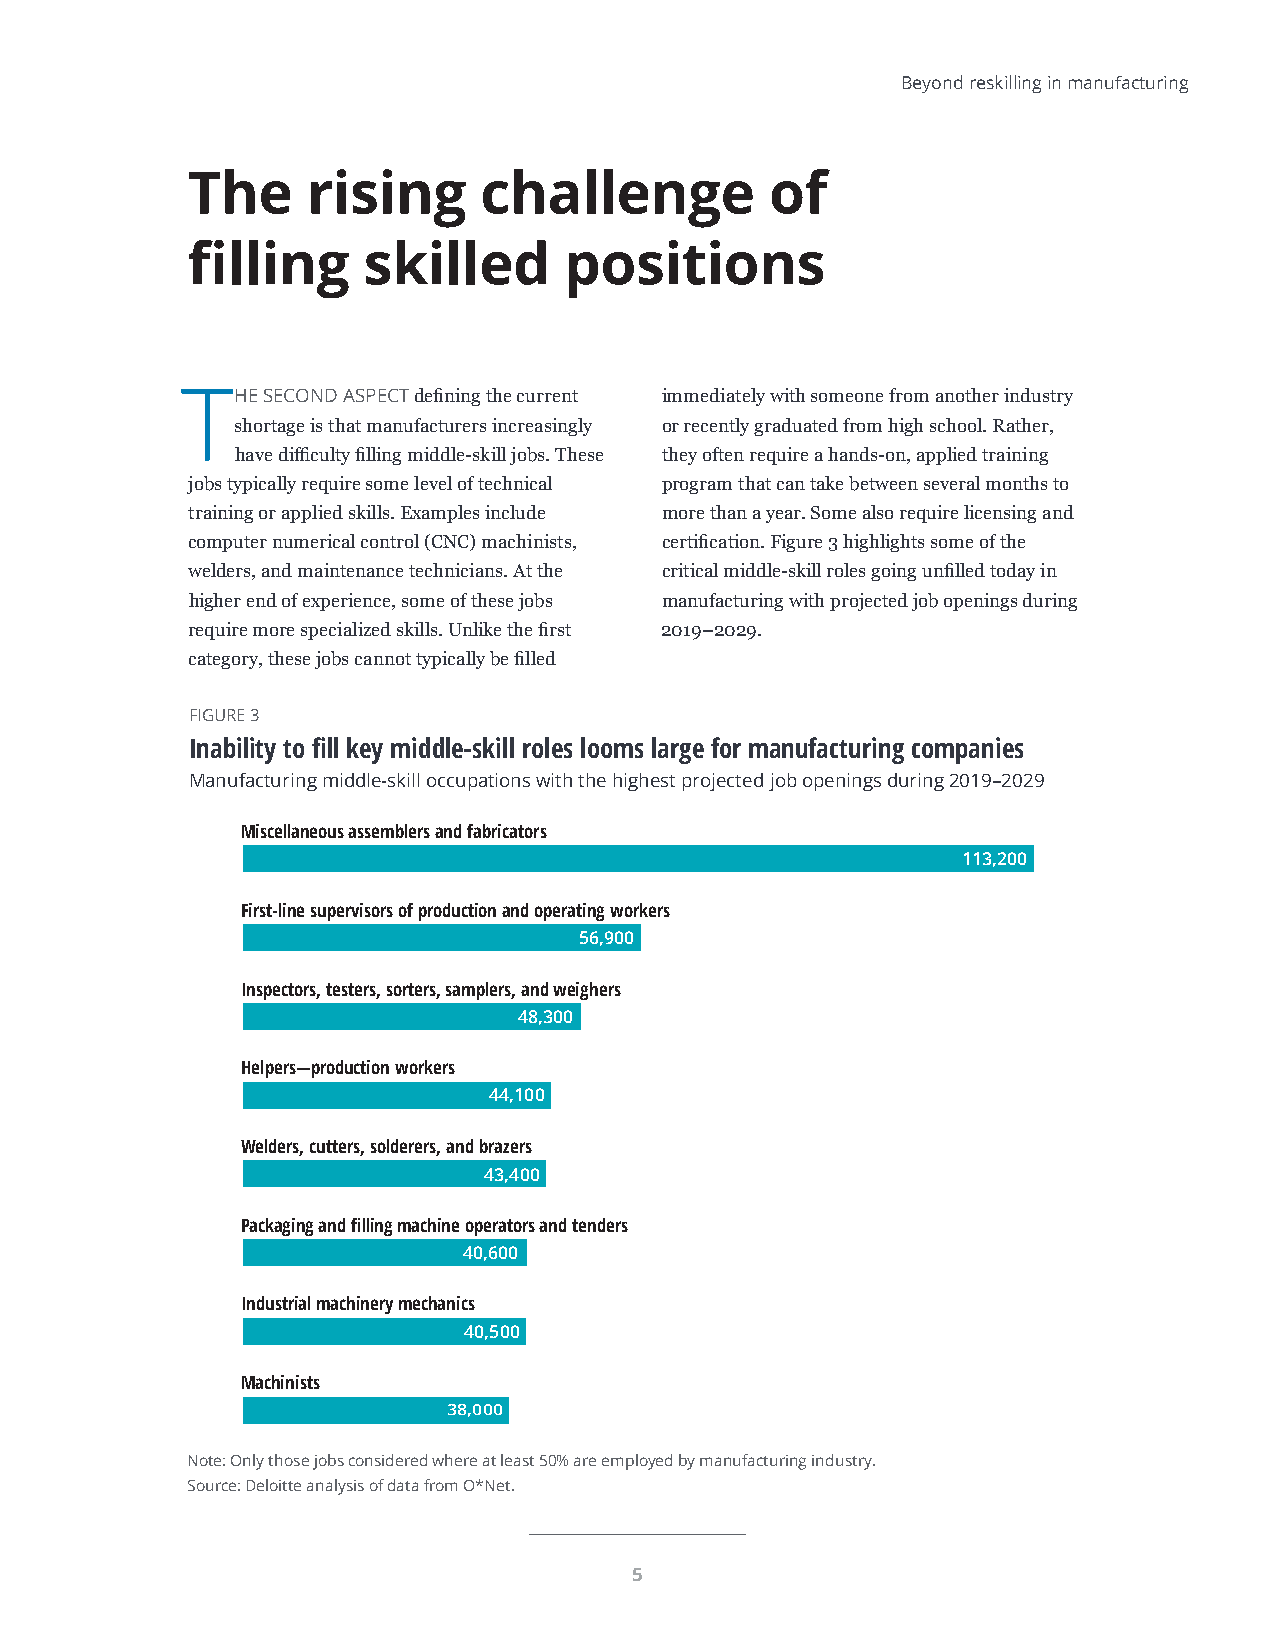
Beyond reskilling in manufacturing
 The     rising      challenge          of
 filling     skilled      positions
 THE  SECOND ASPECT defining the current immediately with someone from another industry
 shortage is that manufacturers increasingly or recently graduated from high school. Rather,
 have difficulty filling middle-skill jobs. These they often require a hands-on, applied training
 jobs typically require some level of technical program that can take between several months to
 training or applied skills. Examples include more than a year. Some also require licensing and
 computer numerical control (CNC) machinists, certification. Figure 3 highlights some of the
 welders, and maintenance technicians. At the critical middle-skill roles going unfilled today in
 higher end of experience, some of these jobs manufacturing with projected job openings during
 require more specialized skills. Unlike the first 2019 – 2029.
 category, these jobs cannot typically be filled
 FIGURE 3
 Inability to fill key middle-skill roles looms large for manufacturing companies
 Manufacturing middle-skill occupations with the highest projected job openings during 2019–2029
 Miscellaneous assemblers and fabricators
 113,200
 First-line supervisors of production and operating workers
 56,900
 Inspectors, testers, sorters, samplers, and weighers
 48,300
 Helpers—production workers
 44,100
 Welders, cutters, solderers, and brazers
 43,400
 Packaging and filling machine operators and tenders
 40,600
 Industrial machinery mechanics
 40,500
 Machinists
 38,000
 Note: Only those jobs considered where at least 50% are employed by manufacturing industry.
 Source: Deloitte analysis of data from O*Net.
 Deloitte Insights | deloitte.com/insights
 5